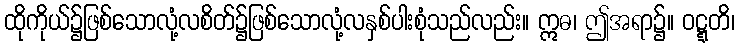
ထိုကိုယ်၌ဖြစ်သောလုံ့လစိတ်၌ဖြစ်သောလုံ့လနှစ်ပါးစုံသည်လည်း။ ဣဓ၊ ဤအရာ၌။ ဝဋ္ဋတိ၊